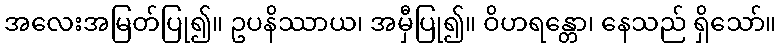
အလေးအမြတ်ပြု၍။ ဥပနိဿာယ၊ အမှီပြု၍။ ဝိဟရန္တော၊ နေသည် ရှိသော်။